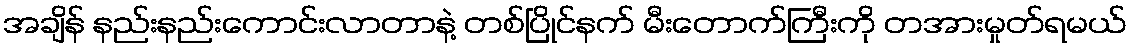
အချိန် နည်းနည်းကောင်းလာတာနဲ့ တစ်ပြိုင်နက် မီးတောက်ကြီးကို တအားမှုတ်ရမယ်